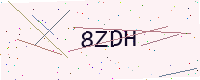
Text: 8ZDH